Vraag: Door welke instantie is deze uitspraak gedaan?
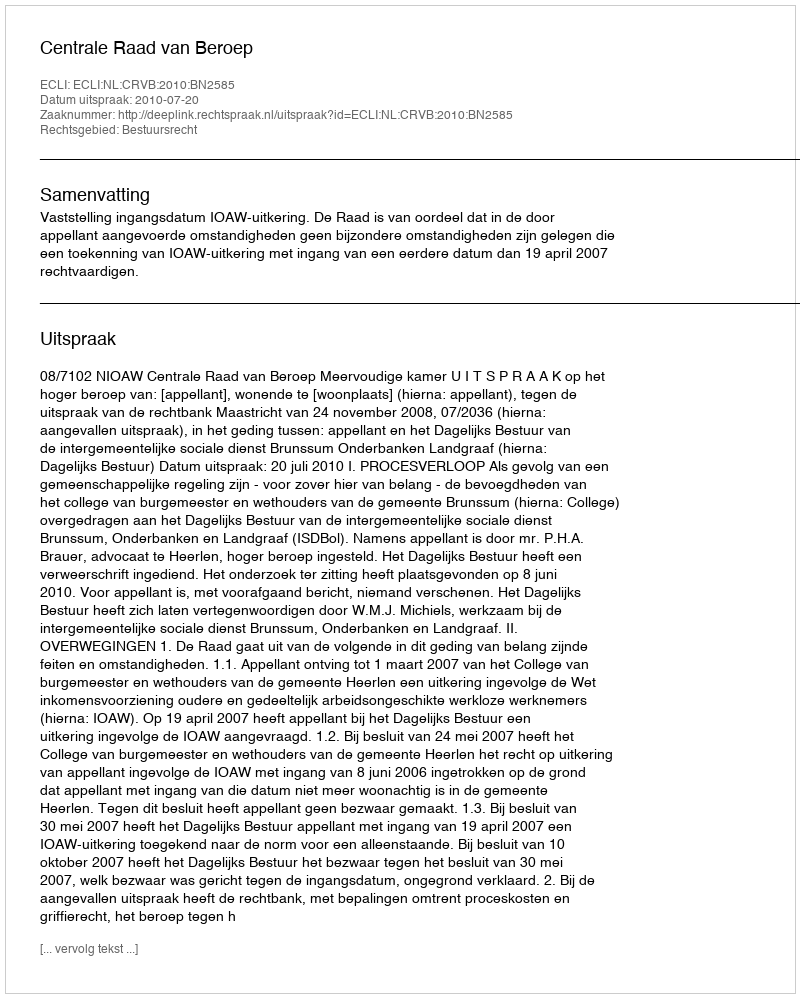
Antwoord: Centrale Raad van Beroep